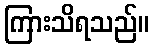
ကြားသိရသည်။